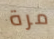
مرة